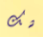
شك